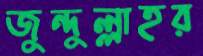
জুন্দুল্লাহর